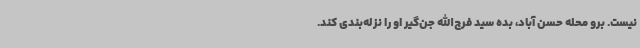
نیست. برو محله حسن آباد، بده سید فرج‌الله جن‌گیر او را نزله‌بندی کند.